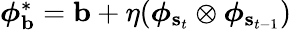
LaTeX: \begin{array}{r}{\boldsymbol{\phi}_{\mathbf{b}}^{*}=\mathbf{b}+\eta(\boldsymbol{\phi}_{\mathbf{s}_{t}}\otimes\boldsymbol{\phi}_{\mathbf{s}_{t-1}})}\end{array}